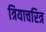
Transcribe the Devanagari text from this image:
त्रियाचरित्र